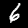
Label: 6